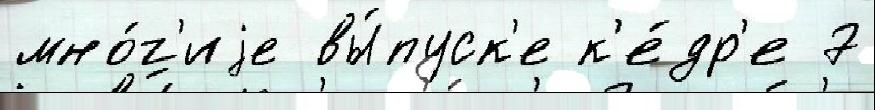
мно́г'иjе вы́пуск'е к'е́др'е 7